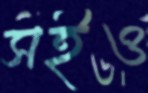
সইও